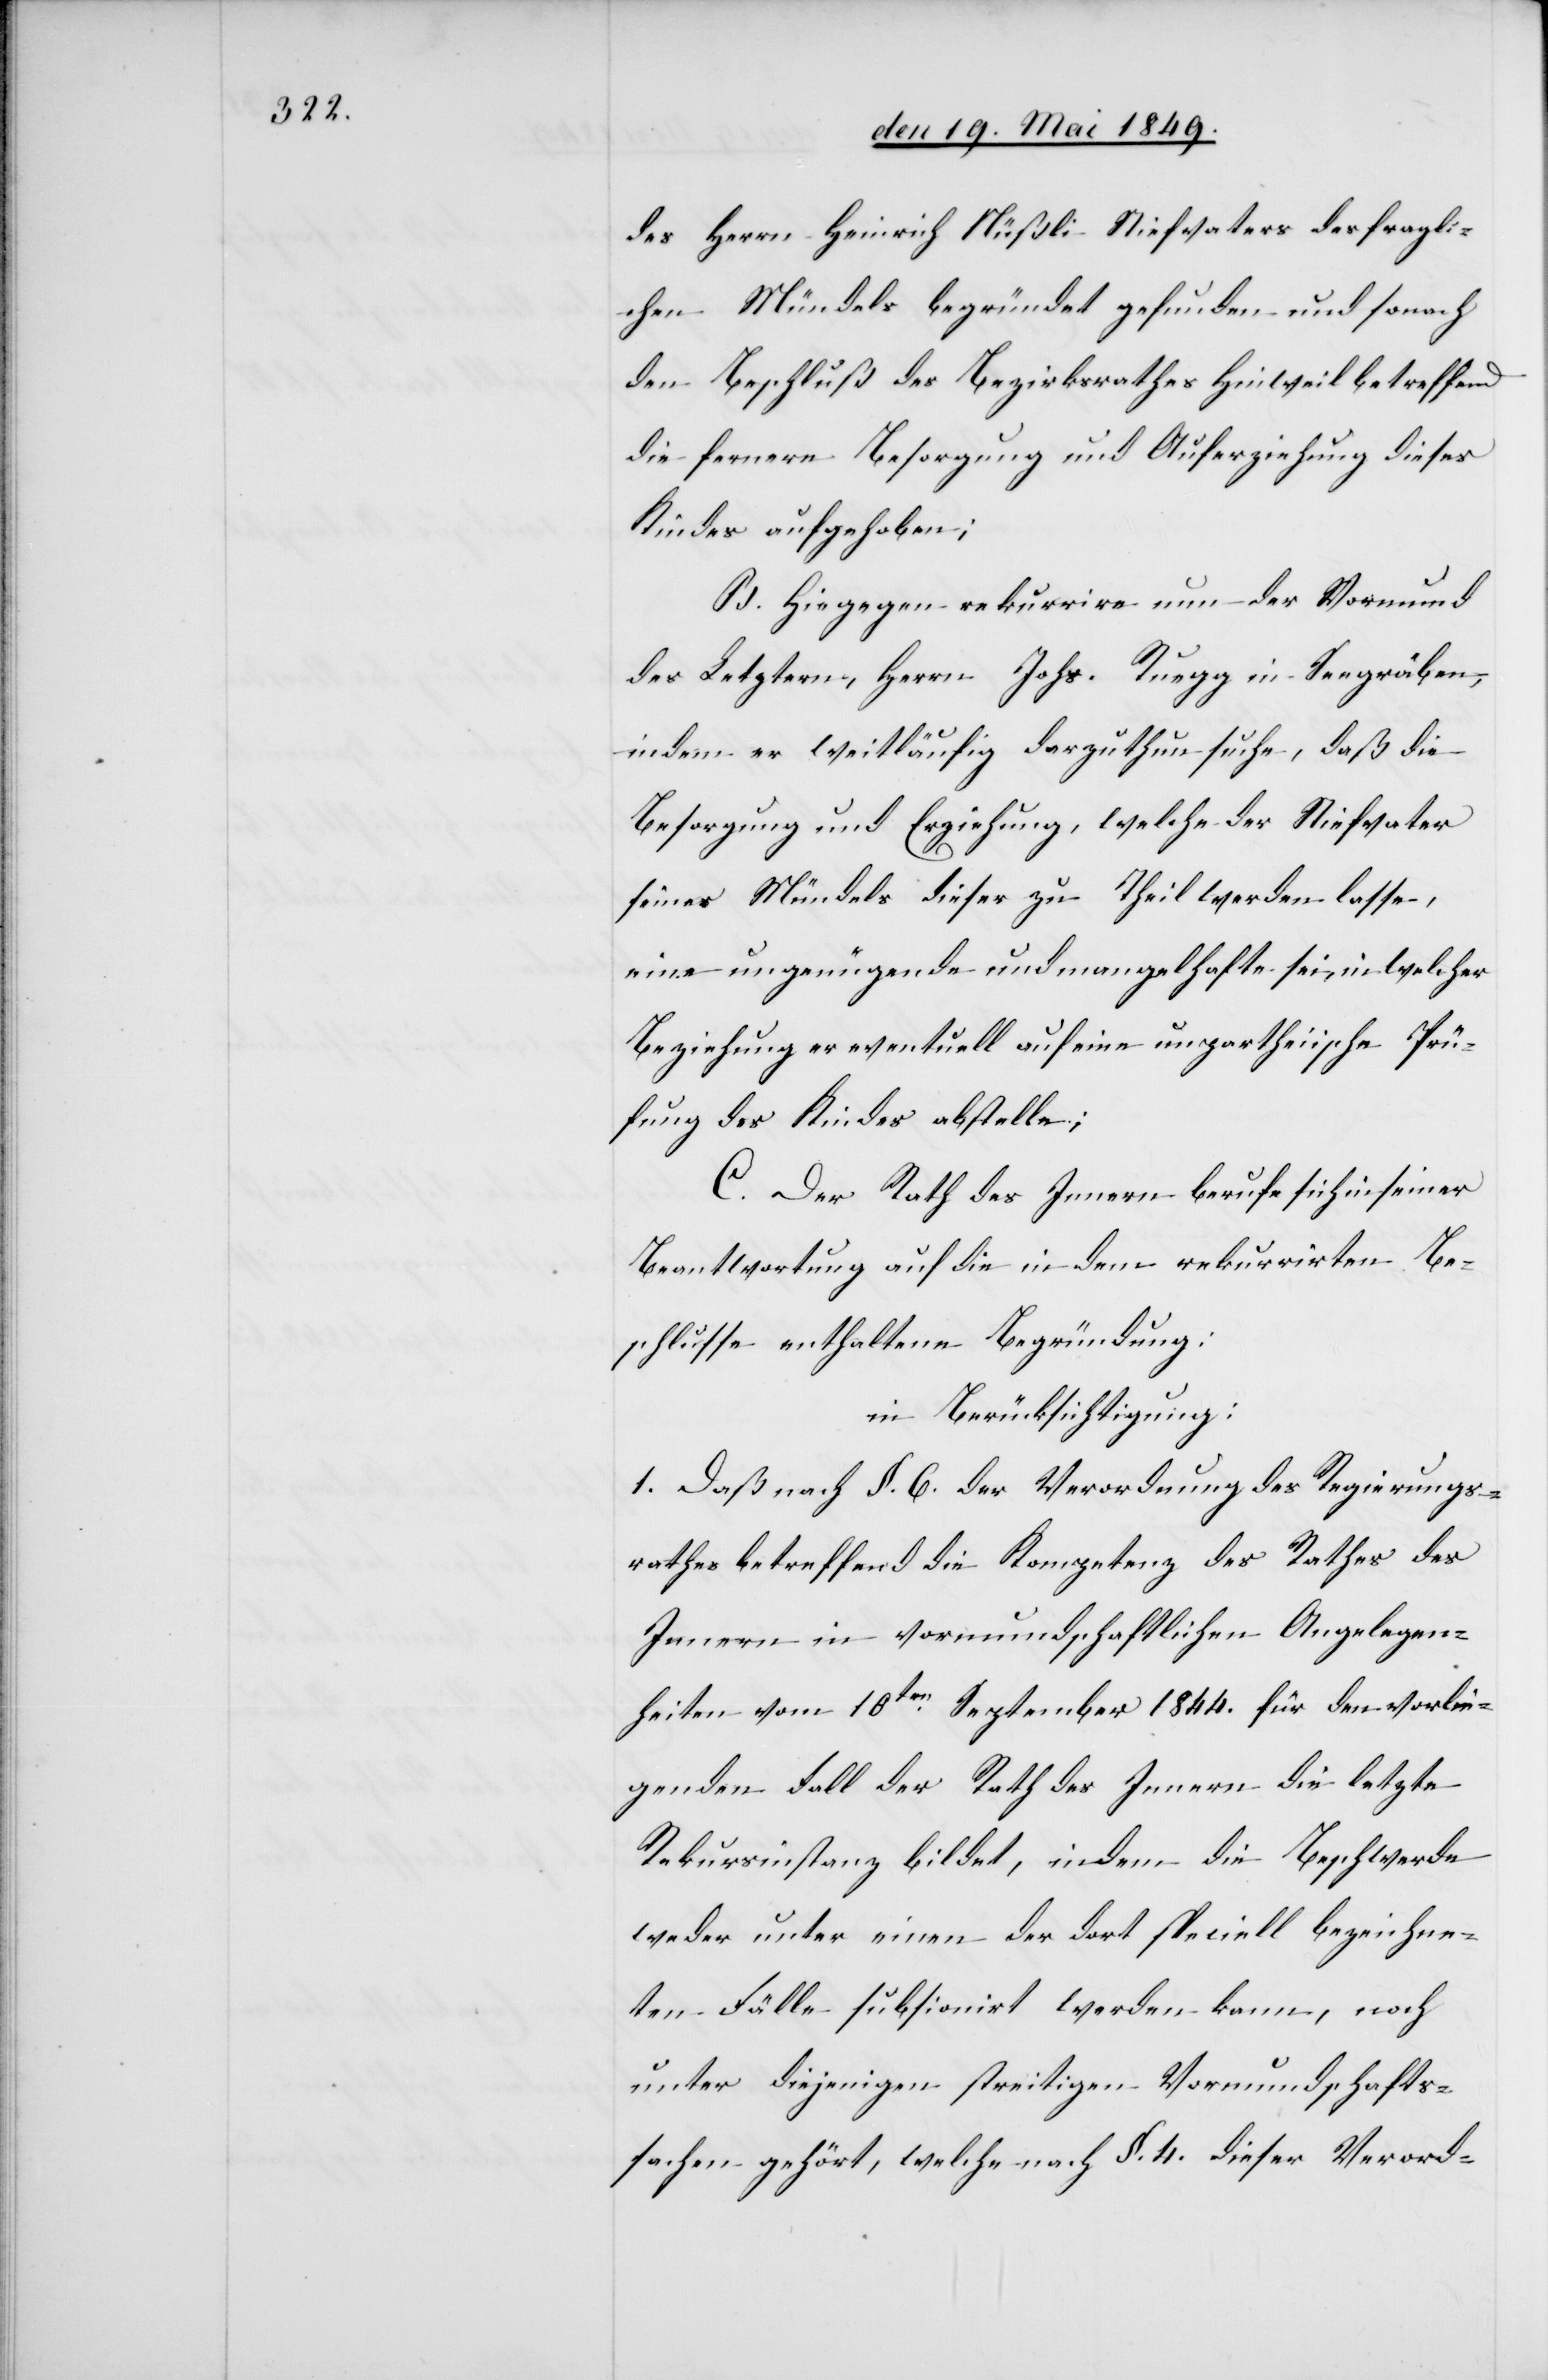
des Herrn Heinrich Nüßli Stiefvater des fragli¬
chen Mündels begründet gefunden und sonach
den Beschluß des Bezirksrathes Hinweil betreffend
die fernere Besorgung und Auferziehung dieses
Kindes aufgehoben;
B. Hingegen rekurrire nun der Vormund
des Letztern, Herrn Johs. Ruegg in Seegräben,
indem er weitläufig darzuthun suche, daß die
Besorgung und Erziehung, welche der Stiefvater
seines Mündels dieser zu Theil werden lasse,
eine ungenügende und mangelhafte sei, in welcher
Beziehung er eventuell auf eine unpartheiische Prü¬
fung des Kindes abstelle;
C. Der Rath des Innern berufe sich in seiner
Beantwortung auf die in dem rekurrirten Be¬
schlusse enthaltene Begründung:
in Berücksichtigung:
1. Daß nach §. 6. der Verordnung des Regierungs¬
rathes betreffend die Kompetenz des Rathes des
Innern in vormundschaftlichen Angelegen¬
heiten vom 10ten September 1844. für den vorlie¬
genden Fall der Rath des Innern die letzte
Rekursinstanz bildet, indem die Beschwerde
weder unter einen der dort speciell bezeichne¬
ten Fälle subsionirt werden kann, noch
unter diejenigen streitigen Vormundschafts¬
sachen gehört, welche nach §. 4. dieser Verord-